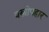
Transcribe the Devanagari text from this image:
वस्त्रोपहार